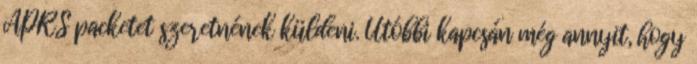
APRS packetet szeretnének küldeni. Utóbbi kapcsán még annyit, hogy